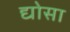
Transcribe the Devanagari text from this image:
द्योसा